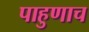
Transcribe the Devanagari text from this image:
पाहुणाच